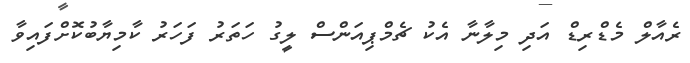
ރެއާލް މެޑްރިޑް އަދި މިލާނާ އެކު ޗެމްޕިއަންސް ލީގު ހަތަރު ފަހަރު ކާމިޔާބުކޮށްފައިވާ